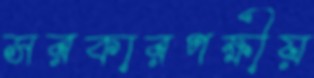
সরকারপক্ষীয়